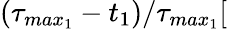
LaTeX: \left(\tau_{max_{1}}-t_{1}\right)/\tau_{max_{1}}[\